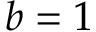
b = 1